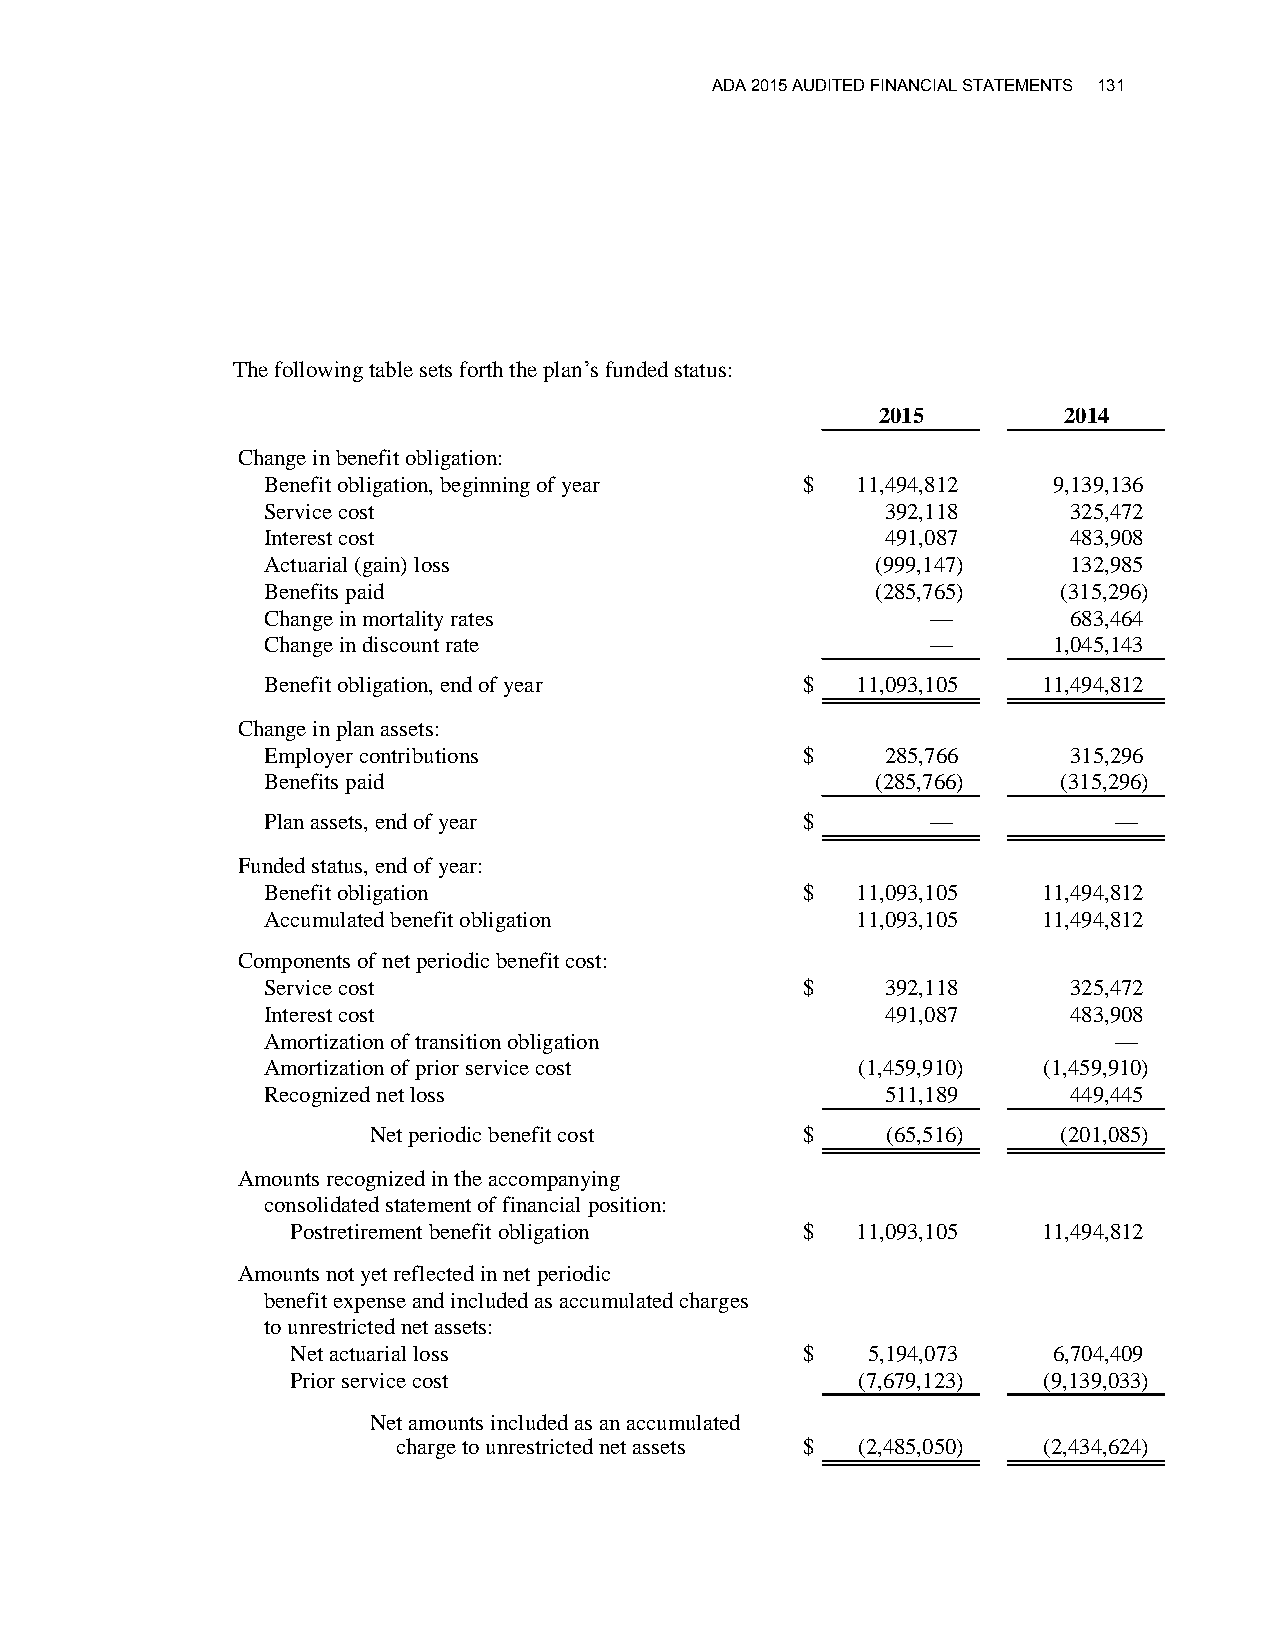
ADA 2015 AUDITED FINANCIAL STATEMENTS 131
 The following table sets forth the plan’s funded status:
 2015        2014
 Change in benefit obligation:
 Benefit obligation, beginning of year $ 11,494,812   9,139,136
 Service cost                              392,118     325,472
 Interest cost                             491,087     483,908
 Actuarial (gain) loss                    (999,147)    132,985
 Benefits paid                            (285,765)   (315,296)
 Change in mortality rates                    —        683,464
 Change in discount rate                      —       1,045,143
 Benefit obligation, end of year     $   11,093,105  11,494,812
 Change in plan assets:
 Employer contributions              $     285,766     315,296
 Benefits paid                            (285,766)   (315,296)
 Plan assets, end of year            $        —           —
 Funded status, end of year:
 Benefit obligation                  $   11,093,105  11,494,812
 Accumulated benefit obligation          11,093,105  11,494,812
 Components of net periodic benefit cost:
 Service cost                        $     392,118     325,472
 Interest cost                             491,087     483,908
 Amortization of transition obligation                    —
 Amortization of prior service cost      (1,459,910) (1,459,910)
 Recognized net loss                       511,189     449,445
 Net periodic benefit cost    $     (65,516)   (201,085)
 Amounts recognized in the accompanying
 consolidated statement of financial position:
 Postretirement benefit obligation $   11,093,105  11,494,812
 Amounts not yet reflected in net periodic
 benefit expense and included as accumulated charges
 to unrestricted net assets:
 Net actuarial loss                $   5,194,073    6,704,409
 Prior service cost                    (7,679,123) (9,139,033)
 Net amounts included as an accumulated
 charge to unrestricted net assets $ (2,485,050) (2,434,624)